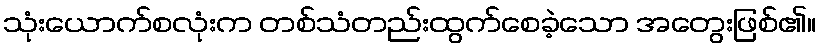
သုံးယောက်စလုံးက တစ်သံတည်းထွက်စေခဲ့သော အတွေးဖြစ်၏။